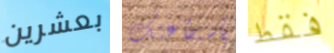
بعشرين بأستطاعتك فقط